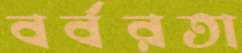
বর্বরতা